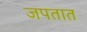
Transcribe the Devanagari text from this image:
जपतात